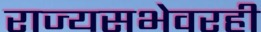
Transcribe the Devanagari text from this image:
राज्यसभेवरही